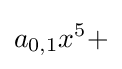
a_{0,1}x^{5}+